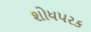
શોધપરક